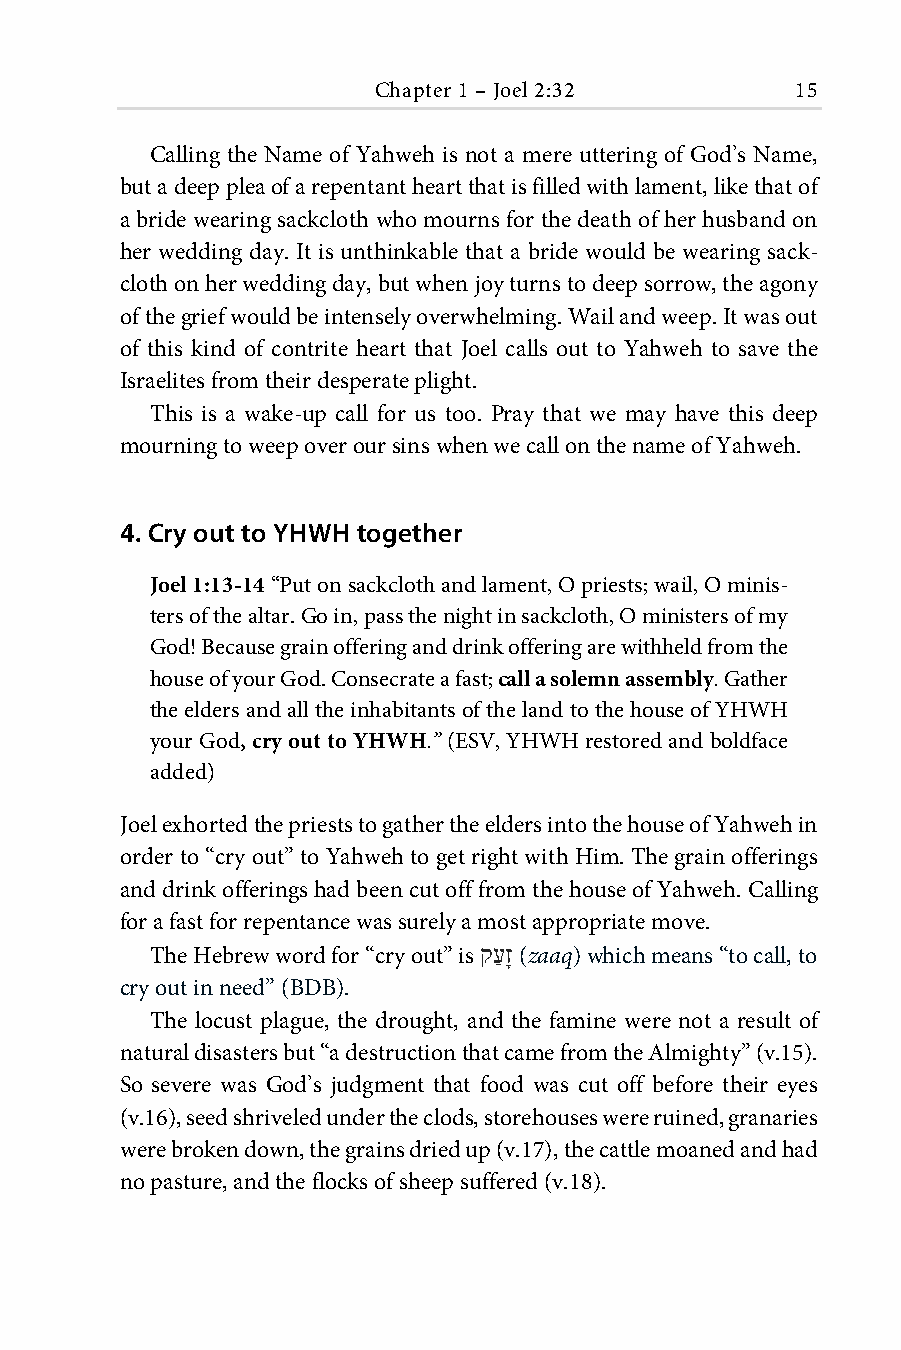
Chapter 1 – Joel 2:32       15
 Calling the Name of Yahweh is not a mere uttering of God’s Name,
 but a deep plea of a repentant heart that is filled with lament, like that of
 a bride wearing sackcloth who mourns for the death of her husband on
 her wedding day. It is unthinkable that a bride would be wearing sack-
 cloth on her wedding day, but when joy turns to deep sorrow, the agony
 of the grief would be intensely overwhelming. Wail and weep. It was out
 of this kind of contrite heart that Joel calls out to Yahweh to save the
 Israelites from their desperate plight.
 This is a wake-up call for us too. Pray that we may have this deep
 mourning to weep over our sins when we call on the name of Yahweh.
 4. Cry out to YHWH together
 Joel 1:13-14 “Put on sackcloth and lament, O priests; wail, O minis-
 ters of the altar. Go in, pass the night in sackcloth, O ministers of my
 God! Because grain offering and drink offering are withheld from the
 house of your God. Consecrate a fast; call a solemn assembly. Gather
 the elders and all the inhabitants of the land to the house of YHWH
 your God, cry out to YHWH.” (ESV, YHWH restored and boldface
 added)
 Joel exhorted the priests to gather the elders into the house of Yahweh in
 order to “cry out” to Yahweh to get right with Him. The grain offerings
 and drink offerings had been cut off from the house of Yahweh. Calling
 for a fast for repentance was surely a most appropriate move.
 The Hebrew word for “cry out” is קﬠַ זָ (zaaq) which means “to call, to
 cry out in need” (BDB).
 The locust plague, the drought, and the famine were not a result of
 natural disasters but “a destruction that came from the Almighty” (v.15).
 So severe was God’s judgment that food was cut off before their eyes
 (v.16), seed shriveled under the clods, storehouses were ruined, granaries
 were broken down, the grains dried up (v.17), the cattle moaned and had
 no pasture, and the flocks of sheep suffered (v.18).